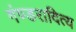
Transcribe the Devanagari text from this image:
गंण्डरादित्य